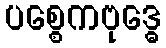
ပစ္စေကဗုဒ္ဓေ